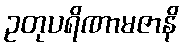
ဥတုပရိဏာမဇာနိ